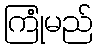
ကြုံမည်